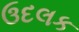
ઉદલક